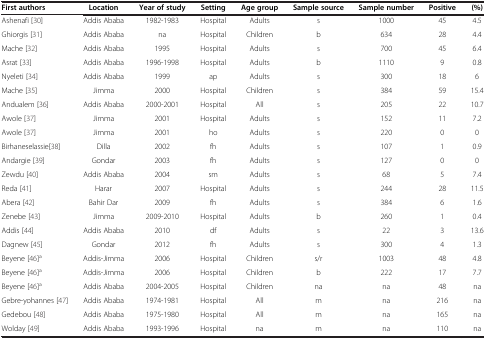
<table><thead><tr><td><b>First authors</b></td><td><b>Location</b></td><td><b>Year of study</b></td><td><b>Setting</b></td><td><b>Age group</b></td><td><b>Sample source</b></td><td><b>Sample number</b></td><td><b>Positive</b></td><td><b>(%)</b></td></tr></thead><tbody><tr><td>Ashenafi [30]</td><td>Addis Ababa</td><td>1982-1983</td><td>Hospital</td><td>Adults</td><td>s</td><td>1000</td><td>45</td><td>4.5</td></tr><tr><td>Ghiorgis [31]</td><td>Addis Ababa</td><td>na</td><td>Hospital</td><td>Children</td><td>b</td><td>634</td><td>28</td><td>4.4</td></tr><tr><td>Mache [32]</td><td>Addis Ababa</td><td>1995</td><td>Hospital</td><td>Adults</td><td>s</td><td>700</td><td>45</td><td>6.4</td></tr><tr><td>Asrat [33]</td><td>Addis Ababa</td><td>1996-1998</td><td>Hospital</td><td>Adults</td><td>b</td><td>1110</td><td>9</td><td>0.8</td></tr><tr><td>Nyeleti [34]</td><td>Addis Ababa</td><td>1999</td><td>ap</td><td>Adults</td><td>s</td><td>300</td><td>18</td><td>6</td></tr><tr><td>Mache [35]</td><td>Jimma</td><td>2000</td><td>Hospital</td><td>Children</td><td>s</td><td>384</td><td>59</td><td>15.4</td></tr><tr><td>Andualem [36]</td><td>Addis Ababa</td><td>2000-2001</td><td>Hospital</td><td>All</td><td>s</td><td>205</td><td>22</td><td>10.7</td></tr><tr><td>Awole [37]</td><td>Jimma</td><td>2001</td><td>Hospital</td><td>Adults</td><td>s</td><td>152</td><td>11</td><td>7.2</td></tr><tr><td>Awole [37]</td><td>Jimma</td><td>2001</td><td>ho</td><td>Adults</td><td>s</td><td>220</td><td>0</td><td>0</td></tr><tr><td>Birhaneselassie[38]</td><td>Dilla</td><td>2002</td><td>fh</td><td>Adults</td><td>s</td><td>107</td><td>1</td><td>0.9</td></tr><tr><td>Andargie [39]</td><td>Gondar</td><td>2003</td><td>fh</td><td>Adults</td><td>s</td><td>127</td><td>0</td><td>0</td></tr><tr><td>Zewdu [40]</td><td>Addis Ababa</td><td>2004</td><td>sm</td><td>Adults</td><td>s</td><td>68</td><td>5</td><td>7.4</td></tr><tr><td>Reda [41]</td><td>Harar</td><td>2007</td><td>Hospital</td><td>Adults</td><td>s</td><td>244</td><td>28</td><td>11.5</td></tr><tr><td>Abera [42]</td><td>Bahir Dar</td><td>2009</td><td>fh</td><td>Adults</td><td>s</td><td>384</td><td>6</td><td>1.6</td></tr><tr><td>Zenebe [43]</td><td>Jimma</td><td>2009-2010</td><td>Hospital</td><td>Adults</td><td>b</td><td>260</td><td>1</td><td>0.4</td></tr><tr><td>Addis [44]</td><td>Addis Ababa</td><td>2010</td><td>df</td><td>Adults</td><td>s</td><td>22</td><td>3</td><td>13.6</td></tr><tr><td>Dagnew [45]</td><td>Gondar</td><td>2012</td><td>fh</td><td>Adults</td><td>s</td><td>300</td><td>4</td><td>1.3</td></tr><tr><td>Beyene [46]<sup>a</sup></td><td>Addis-Jimma</td><td>2006</td><td>Hospital</td><td>Children</td><td>s/r</td><td>1003</td><td>48</td><td>4.8</td></tr><tr><td>Beyene [46]<sup>a</sup></td><td>Addis-Jimma</td><td>2006</td><td>Hospital</td><td>Children</td><td>b</td><td>222</td><td>17</td><td>7.7</td></tr><tr><td>Beyene [46]<sup>a</sup></td><td>Addis Ababa</td><td>2004-2005</td><td>Hospital</td><td>Children</td><td>na</td><td>na</td><td>48</td><td>na</td></tr><tr><td>Gebre-yohannes [47]</td><td>Addis Ababa</td><td>1974-1981</td><td>Hospital</td><td>All</td><td>m</td><td>na</td><td>216</td><td>na</td></tr><tr><td>Gedebou [48]</td><td>Addis Ababa</td><td>1975-1980</td><td>Hospital</td><td>All</td><td>m</td><td>na</td><td>165</td><td>na</td></tr><tr><td>Wolday [49]</td><td>Addis Ababa</td><td>1993-1996</td><td>Hospital</td><td>na</td><td>m</td><td>na</td><td>110</td><td>na</td></tr></tbody></table>